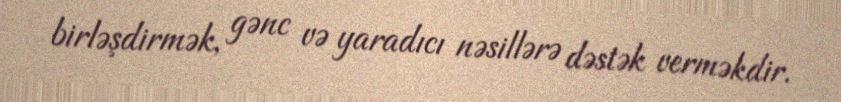
birləşdirmək, gənc və yaradıcı nəsillərə dəstək verməkdir.